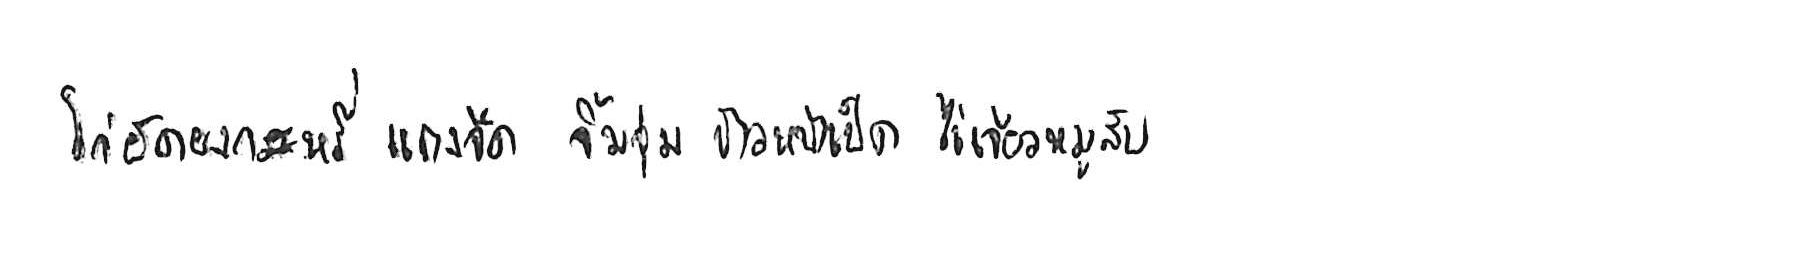
ไก่ผัดผงกะหรี่ แกงจืด จิ้มจุ่ม ข้าวหน้าเป็ด ไข่เจียวหมูสับ